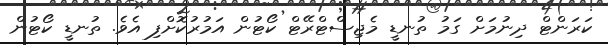
ކަރަންޓް ދިނުމަށް ގަމު ތުނޑީ މެޖިސްޓްރޭޓް ކޯޓުން އަމުރުކޮށްފި އެވެ. ތުނޑީ ކޯޓުން